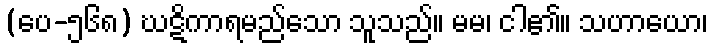
(ပေ-၅၆၈) ဃဋိကာရမည်သော သူသည်။ မမ၊ ငါ၏။ သဟာယော၊